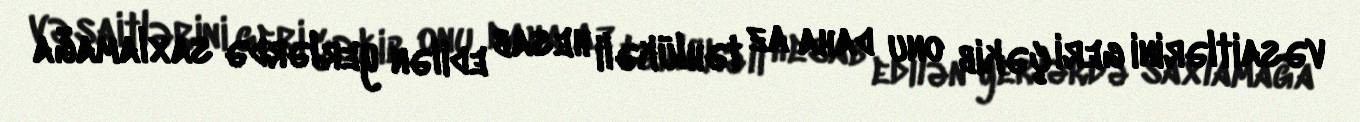
vəsaitlərini geri çəkib onu daha az təhlükəli hesab edilən yerlərdə saxlamağa